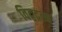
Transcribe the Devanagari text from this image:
विद्वद्रत्न